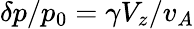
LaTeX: \delta p/p_{0}=\gamma V_{z}/v_{A}